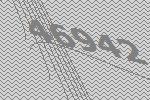
46942